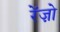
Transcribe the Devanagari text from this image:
रेंज़ो